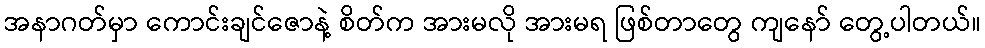
အနာဂတ်မှာ ကောင်းချင်ဇောနဲ့ စိတ်က အားမလို အားမရ ဖြစ်တာတွေ ကျနော် တွေ့ပါတယ်။